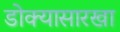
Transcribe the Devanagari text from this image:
डोक्यासारखा